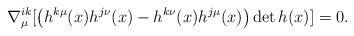
\begin{align*}\nabla^{ik}_\mu [ \left(h^{k\mu}(x)h^{j\nu}(x)-h^{k\nu}(x)h^{j\mu}(x)\right) \det h(x)] = 0.\end{align*}